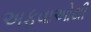
અફવાઓથી